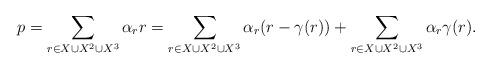
LaTeX: \begin{align*}p=\sum_{r\in X\cup X^2\cup X^3} \alpha_rr= \sum_{r\in X\cup X^2\cup X^3} \alpha_r (r-\gamma(r))+\sum_{r\in X\cup X^2\cup X^3} \alpha_r\gamma(r).\end{align*}